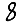
Digit: 8